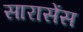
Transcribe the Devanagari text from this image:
सारासेंस